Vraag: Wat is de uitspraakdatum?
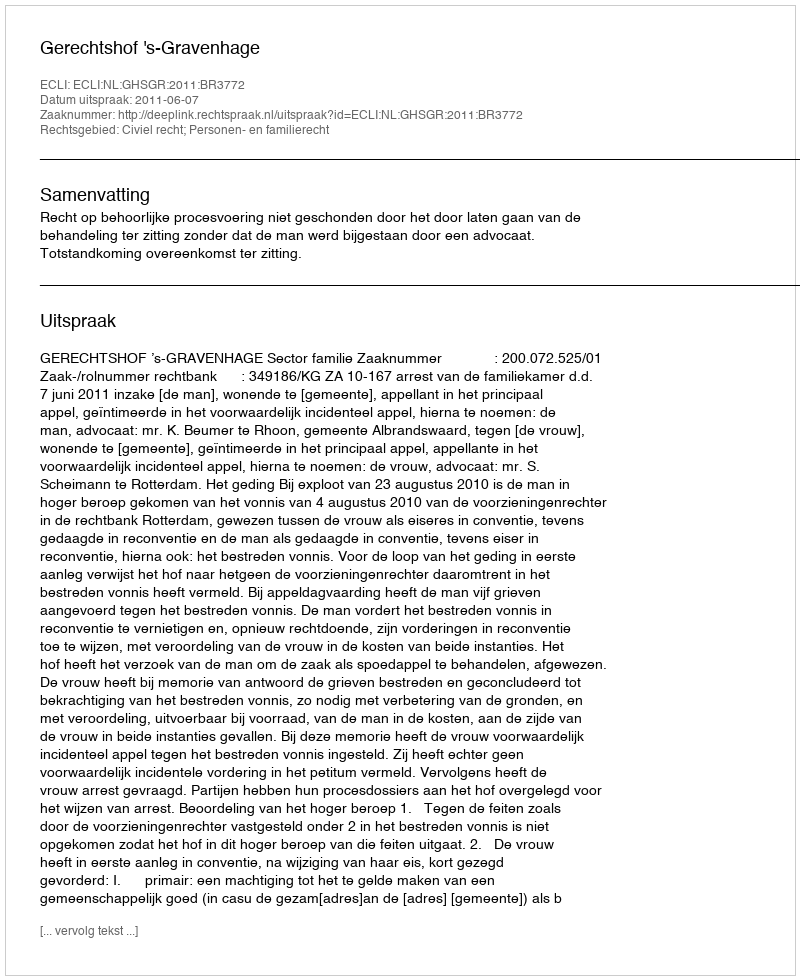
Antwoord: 2011-06-07